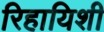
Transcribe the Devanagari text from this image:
रिहायिशी